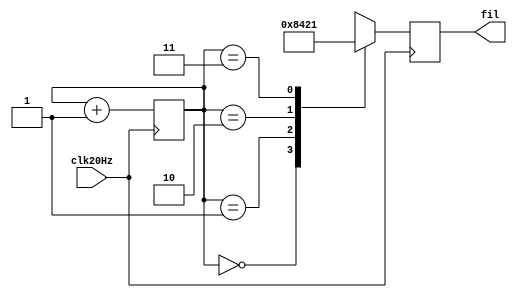
module Barrido_filas(clk20Hz, fil);
	input clk20Hz;
	output reg [3:0] fil;
	reg [1:0] contador;

	initial begin
		contador = 'b0;
	end

	always @(posedge clk20Hz) begin
		case(contador)
			'b00: fil = 'b1000;
			'b01: fil = 'b0100;
			'b10: fil = 'b0010;
			'b11: fil = 'b0001;
		endcase
		contador = contador + 'b1;
	end

endmodule